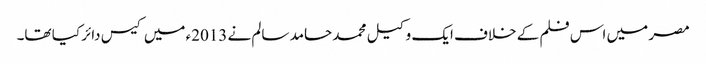
مصر میں اس فلم کے خلاف ایک وکیل محمد حامد سالم نے 2013ء میں کیس دائر کیا تھا۔